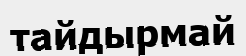
тайдырмай